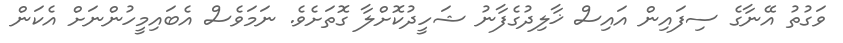
ވަގުތު އޭނާގެ ސިފައިން އައިސް ޚާލިދުގެފާނު ޝަހީދުކޮށްލާ ގޮތަށެވެ. ނަމަވެސް އެބައިމީހުންނަށް އެކަން